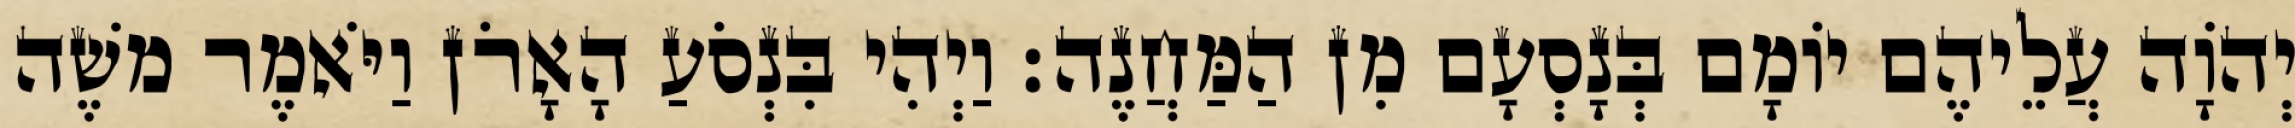
יְהוָֹה עֲלֵיהֶם יוֹמָם בְּנָסְעָם מִן הַמַּחֲנֶה׃ וַיְהִי בִּנְסֹעַ הָאָרֹן וַיֹּאמֶר משֶׁה